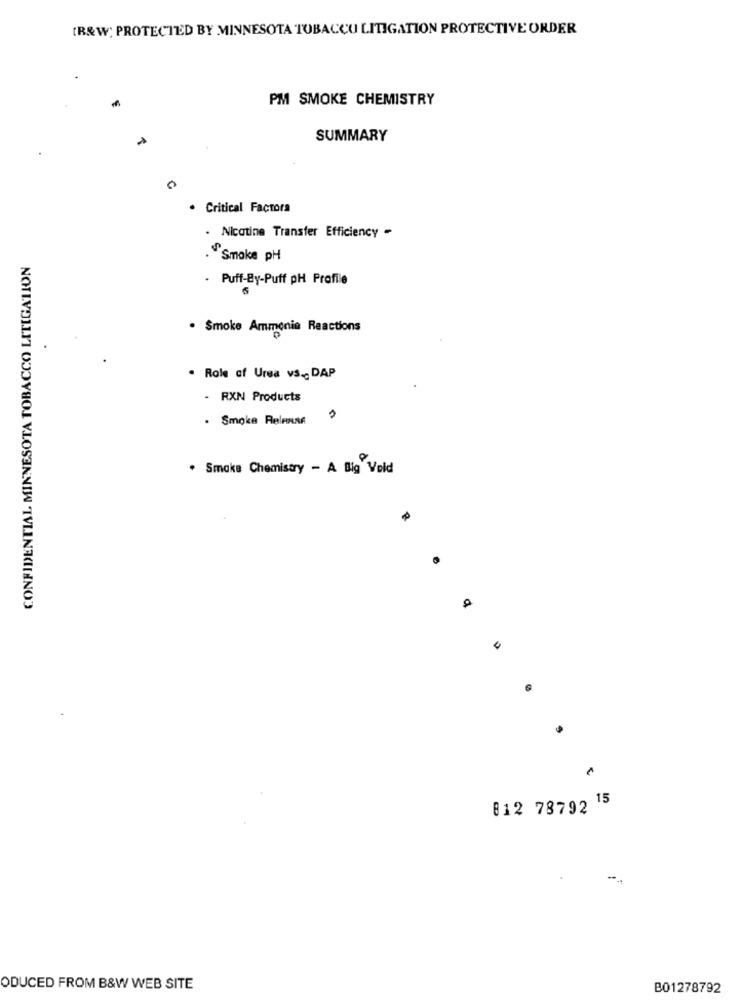
(R&W; PROTECTED BY MINNESOTA TUBACCU LITIGATION PROTECTIVE ORDER
PM SMOKE CHEMISTRY
SUMMARY
0
· Critical Factora
. Nicotine Transfer Efficiency -
CONFIDENTIAL MINNESOTA TOBACCO LITIGATION
. Smoke pH
. Puff-By-Puff pH Profile
. Smoke Ammonia Reactions
. Role of Urea vs ., DAP
- RXN Products
. Smoke ReleRAR
. Smaka Chemistry - A Big Vold
812 78792 15
ODUCED FROM B&W WEB SITE
B01278792